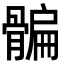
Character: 𩩯